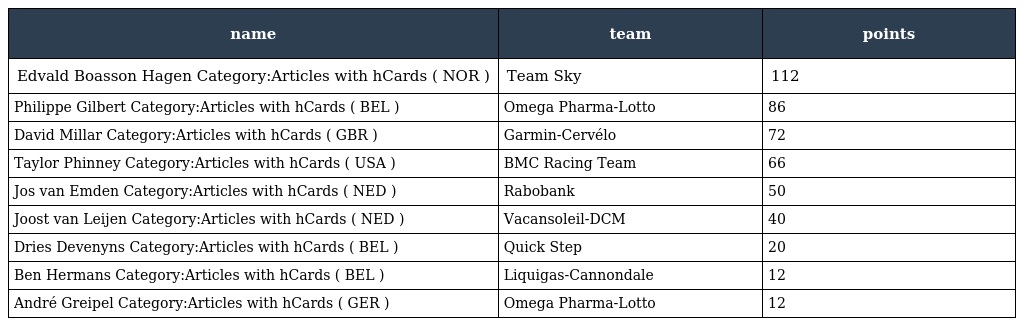
| name | team | points |
 | --- | --- | --- |
 | Edvald Boasson Hagen Category:Articles with hCards ( NOR ) | Team Sky | 112 |
 | Philippe Gilbert Category:Articles with hCards ( BEL ) | Omega Pharma-Lotto | 86 |
 | David Millar Category:Articles with hCards ( GBR ) | Garmin-Cervélo | 72 |
 | Taylor Phinney Category:Articles with hCards ( USA ) | BMC Racing Team | 66 |
 | Jos van Emden Category:Articles with hCards ( NED ) | Rabobank | 50 |
 | Joost van Leijen Category:Articles with hCards ( NED ) | Vacansoleil-DCM | 40 |
 | Dries Devenyns Category:Articles with hCards ( BEL ) | Quick Step | 20 |
 | Ben Hermans Category:Articles with hCards ( BEL ) | Liquigas-Cannondale | 12 |
 | André Greipel Category:Articles with hCards ( GER ) | Omega Pharma-Lotto | 12 |